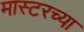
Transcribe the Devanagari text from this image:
मास्टरच्या